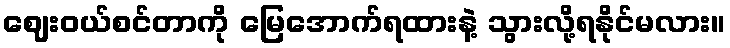
ဈေးဝယ်စင်တာကို မြေအောက်ရထားနဲ့ သွားလို့ရနိုင်မလား။